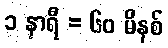
၁ နာရီ = ၆၀ မိနစ်